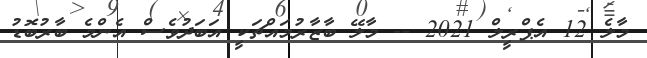
މާލެ 12 އެޕްރީލް 2021 -- މާލޭ ބާޒާރުމައްޗަކީ އަބަދުވެސް އެންމެ ބާރުބޮޑު